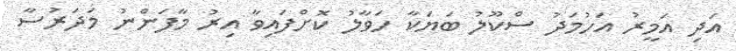
އަދި އަމީރު އަހުމަދު ސްކޫލު ބަޔަކާ ހަވާލު ކޮށްފައިވާ އިރު މާފަންނު މަދަރުސާ